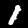
Label: 1